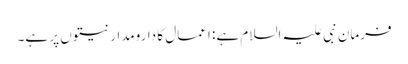
فرمانِ نبی علیہ السلام ہے: اعمال کا دارومدار نیتوں پر ہے۔